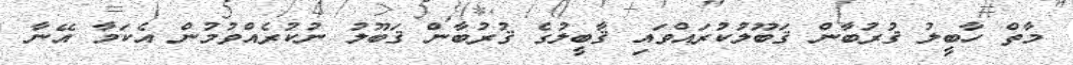
މާތް ހާބީލު ޤުރުބާން ޤަބޫލުކުރައްވައި ޤާބީލުގެ ޤުރުބާން ޤަބޫލު ނުކުރެއްވުމުން އެކަމާ އޭނާ